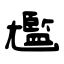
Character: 尷